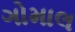
ગોમાલ